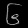
Digit: ၆